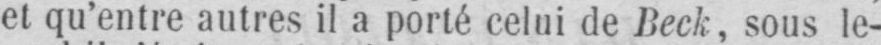
et qu’entre autres il a porté celui de Beck, sous le-